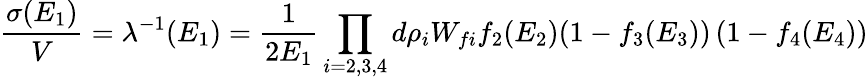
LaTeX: \frac{\sigma(E_{1})}{V}=\lambda^{-1}(E_{1})=\frac{1}{2E_{1}}\prod_{i=2,3,4}d\rho_{i}W_{fi}f_{2}(E_{2})(1-f_{3}(E_{3}))\left(1-f_{4}(E_{4})\right)